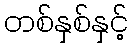
တစ်နှစ်နှင့်